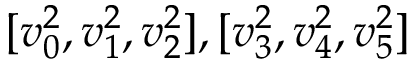
[ v _ { 0 } ^ { 2 } , v _ { 1 } ^ { 2 } , v _ { 2 } ^ { 2 } ] , [ v _ { 3 } ^ { 2 } , v _ { 4 } ^ { 2 } , v _ { 5 } ^ { 2 } ]